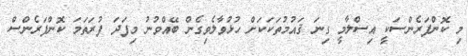
މި ކޮންފަރެންސަކީ އިސްލާމީ ގިނަ ޤައުމުތަކަކަށް ހުޅުވާލެވިގެން ބޭއްވުނު މިފަދަ ފުރަތަމަ ކޮންފަރެންސް